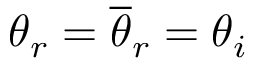
\theta _ { r } = \overline { { \theta } } _ { r } = \theta _ { i }